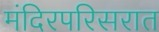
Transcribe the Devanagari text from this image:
मंदिरपरिसरात